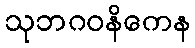
သုဘဂဝနိကေန